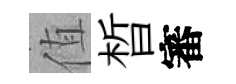
值晳審